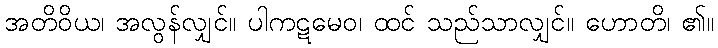
အတိဝိယ၊ အလွန်လျှင်။ ပါကဋမေဝ၊ ထင် သည်သာလျှင်။ ဟောတိ၊ ၏။